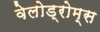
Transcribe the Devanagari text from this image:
वेलोड्रोम्स